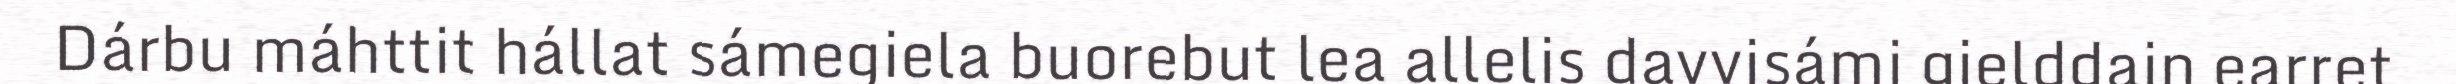
Dárbu máhttit hállat sámegiela buorebut lea allelis davvisámi gielddain earret